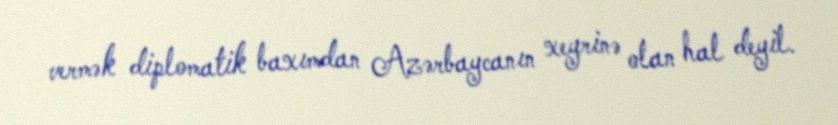
vermək diplomatik baxımdan Azərbaycanın xeyrinə olan hal deyil.